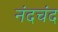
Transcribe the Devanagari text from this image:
नंदचंद